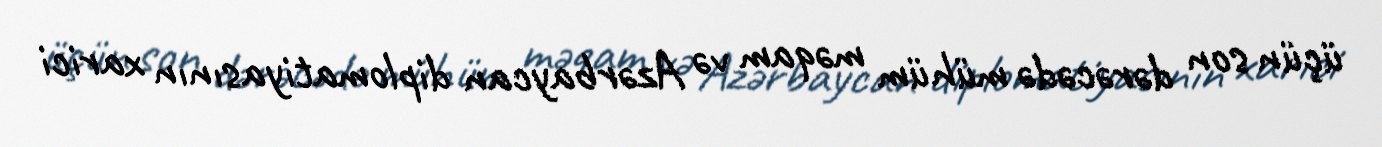
üçün son dərəcədə mühüm məqam və Azərbaycan diplomatiyasının xarici